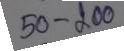
50 - 200